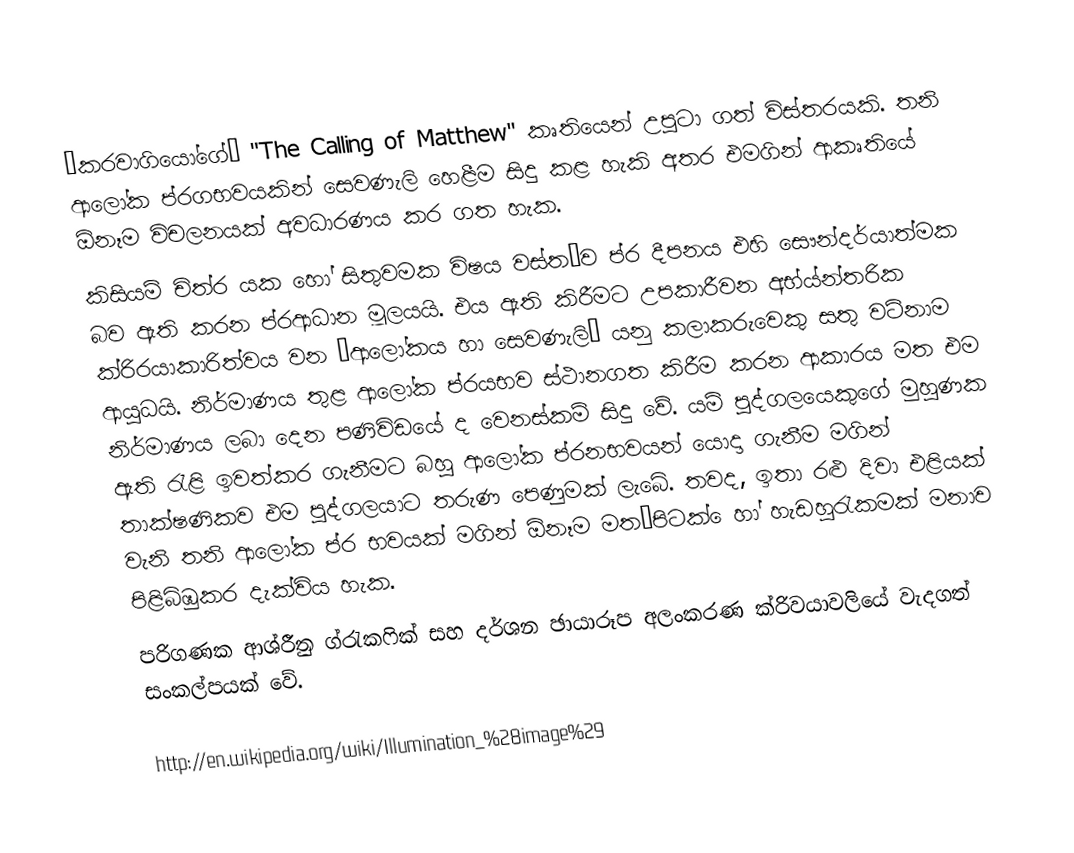
“කරවාගියෝගේ”  "The Calling of Matthew" කෘතියෙන් උපුටා ගත් විස්තරයකි. තනි ආලෝක ප්රගභවයකින් සෙවණැලි හෙළීම සිදු කළ හැකි අතර එමගින් ආකෘතියේ ඕනෑම විචලනයක් අවධාරණය කර ගත හැක.
කිසියම් චිත්ර යක හෝ සිතුවමක විෂය වස්ත˛ව ප්ර දීපනය එහි සෞන්දර්යාත්මක බව ඇති කරන ප්රආධාන මූලයයි. එය ඇති කිරීමට උපකාරීවන අභ්ය්න්තරික ක්රිරයාකාරිත්වය වන “ආලෝකය හා සෙවණැලි” යනු කලාකරුවෙකු සතු වටිනාම ආයුධයි. නිර්මාණය තුළ ආලෝක ප්රයභව ස්ථානගත කිරීම කරන ආකාරය මත එම නිර්මාණය ලබා දෙන පණිවිඩයේ ද වෙනස්කම් සිදු වේ.  යම් පුද්ගලයෙකුගේ මුහුණක ඇති රැළි ඉවත්කර ගැනීමට බහු ආලෝක ප්රනභවයන් යොදා ගැනීම මගින් තාක්ෂණිකව එම පුද්ගලයාට තරුණ පෙණුමක් ලැබේ. තවද, ඉතා රළු දිවා එළියක් වැනි තනි ආලෝක ප්ර භවයක් මගින් ඕනෑම මත˛පිටක්  ෙහා් හැඩහුරැකමක් මනාව පිළිබිඹුකර දැක්විය හැක.
පරිගණක ආශ්රීුත ග්රැකෆික් සහ දර්ශන ඡායාරූප අලංකරණ ක්රිවයාවලියේ  වැදගත් සංකල්පයක් වේ.

http://en.wikipedia.org/wiki/Illumination_%28image%29